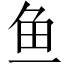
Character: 鱼